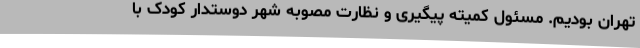
تهران بودیم. مسئول کمیته پیگیری و نظارت مصوبه شهر دوستدار کودک با